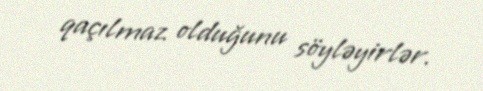
qaçılmaz olduğunu söyləyirlər.